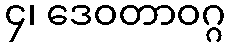
၄၊ ဒေဝတာဝဂ္ဂ